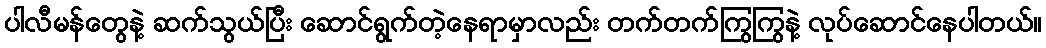
ပါလီမန်တွေနဲ့ ဆက်သွယ်ပြီး ဆောင်ရွက်တဲ့နေရာမှာလည်း တက်တက်ကြွကြွနဲ့ လုပ်ဆောင်နေပါတယ်။